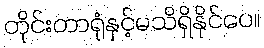
တိုင်းတာရုံနှင့်မသိရှိနိုင်ပေ။